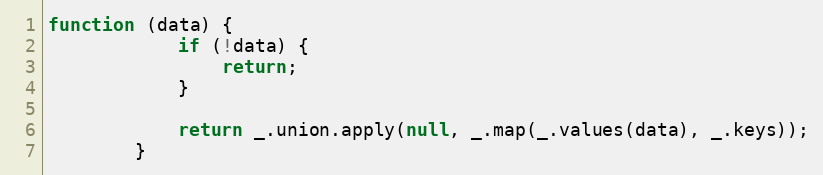
Language: JavaScript
function (data) {
            if (!data) {
                return;
            }

            return _.union.apply(null, _.map(_.values(data), _.keys));
        }